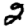
Digit: 2